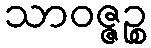
သာဝဇ္ဇဉ္စ